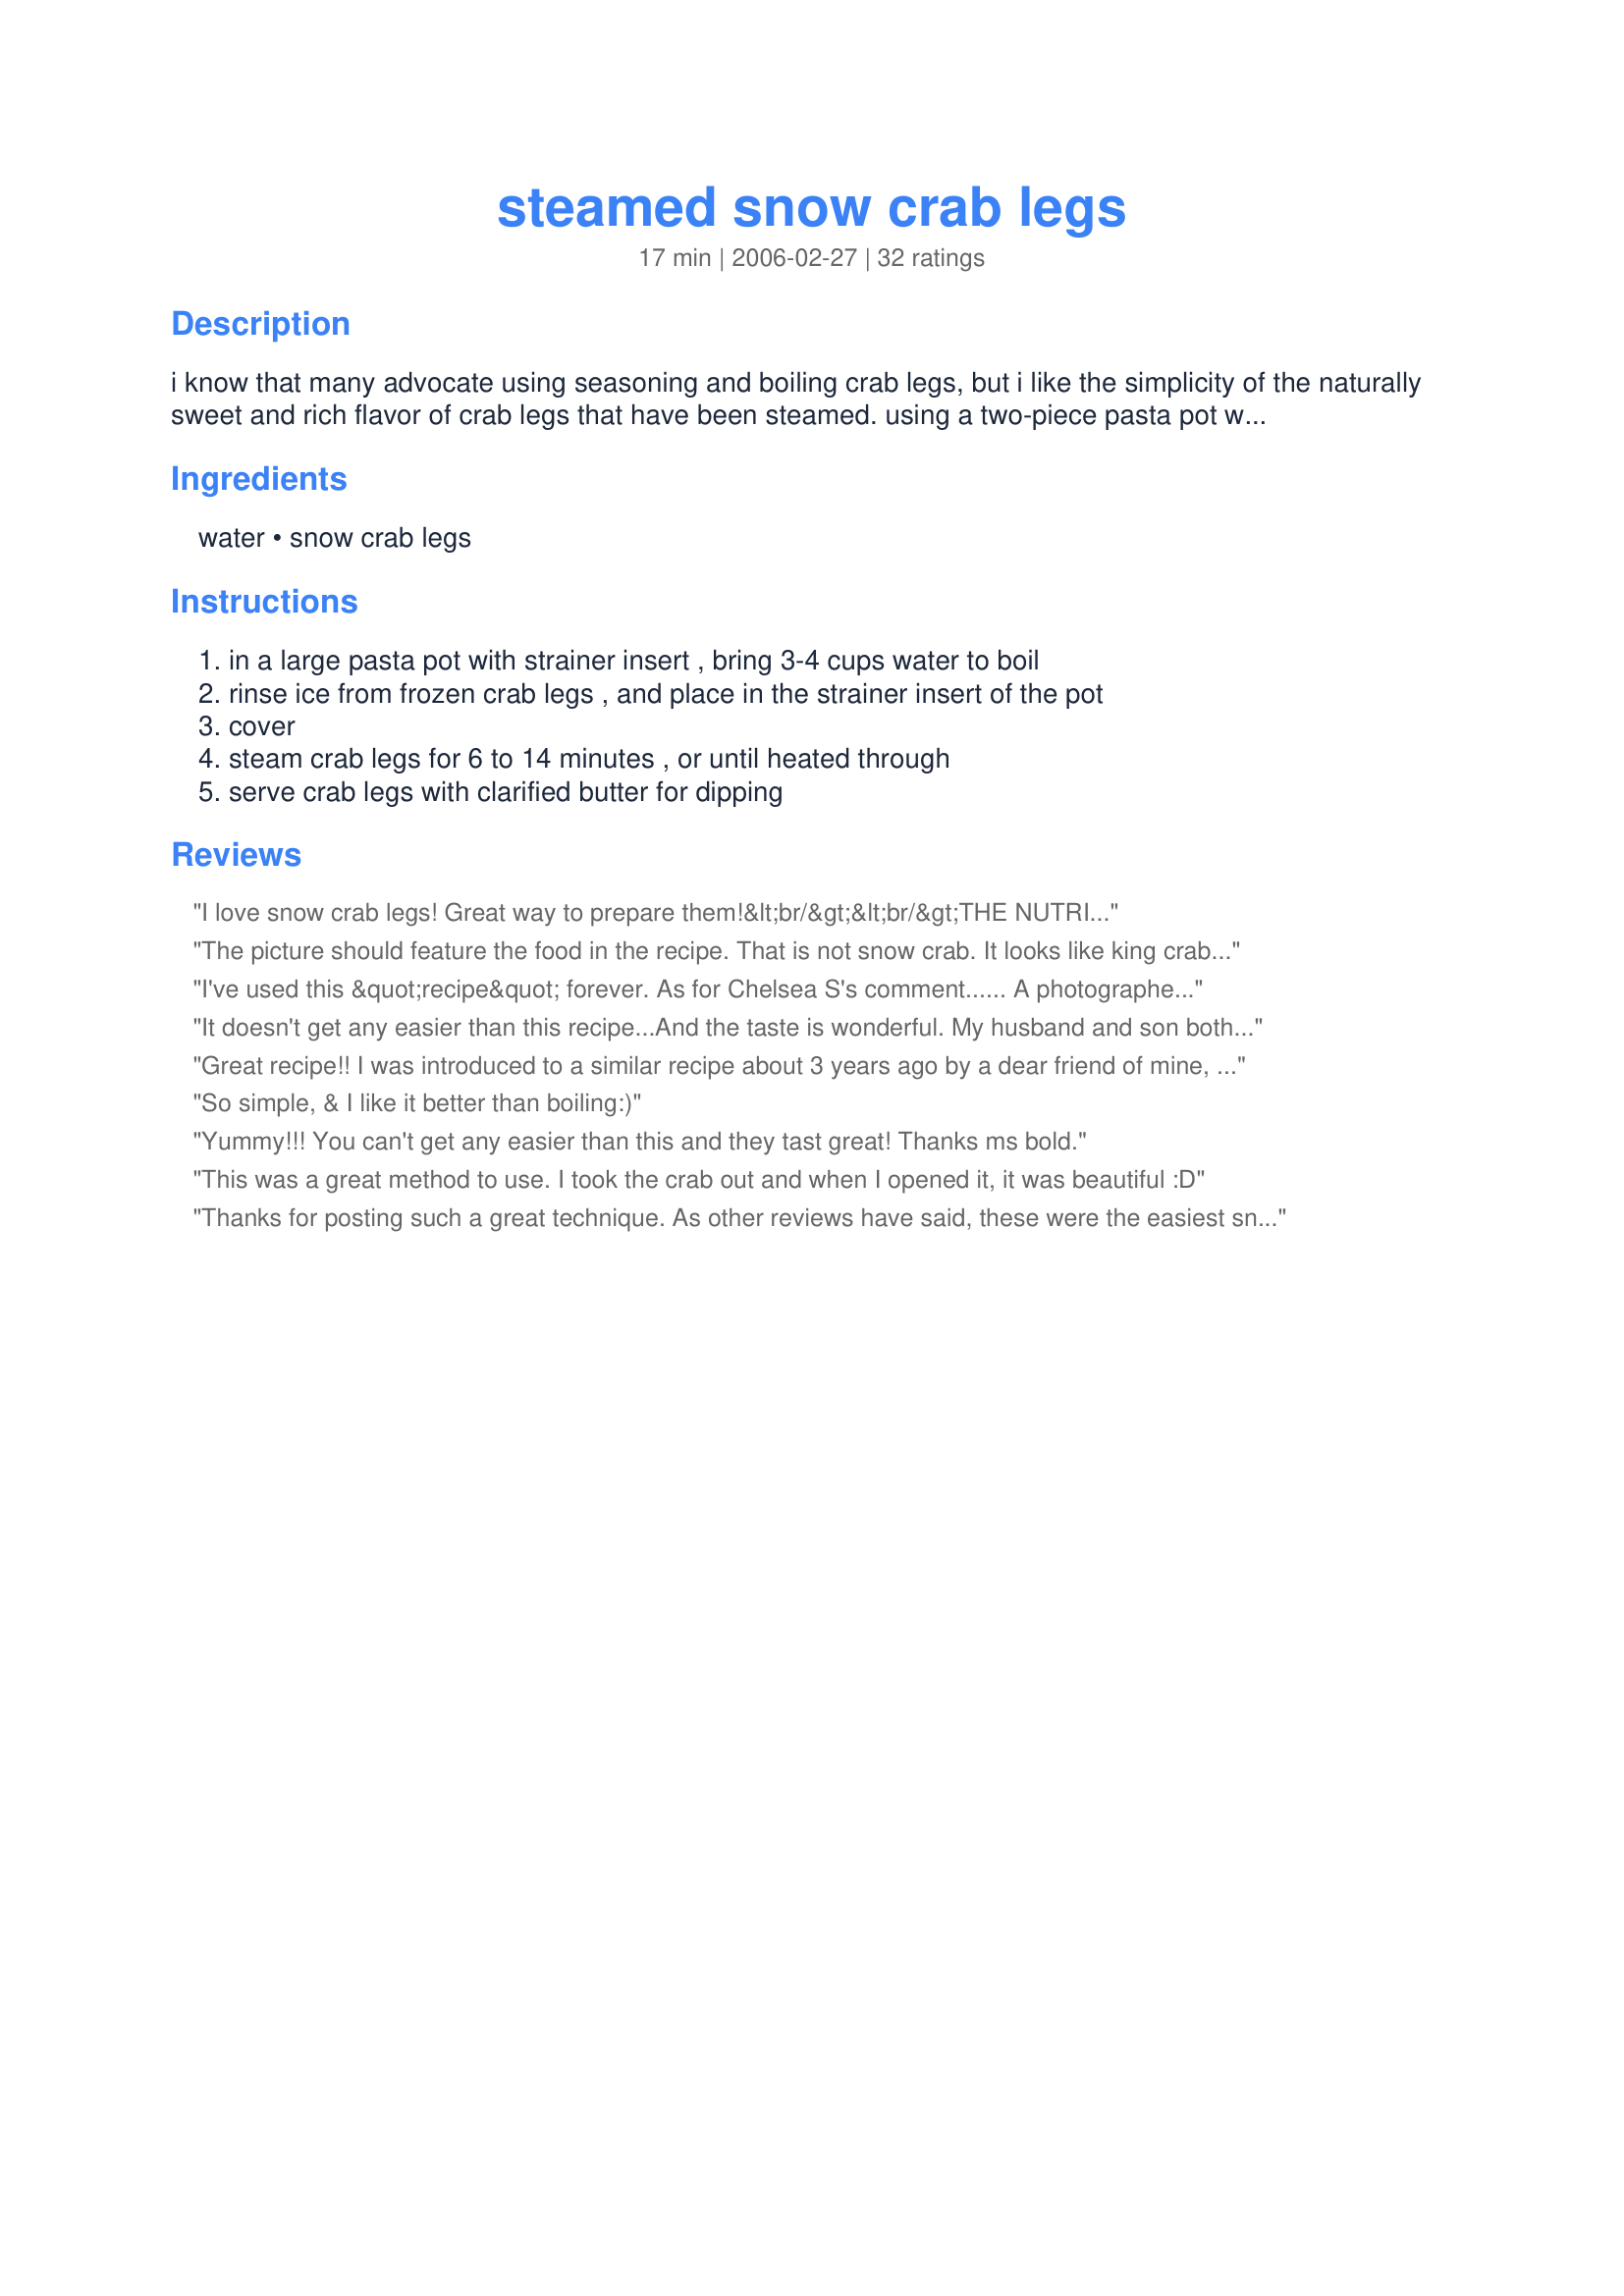
steamed snow crab legs
Preparation time: 17 minutes

i know that many advocate using seasoning and boiling crab legs, but i like the simplicity of the naturally sweet and rich flavor of crab legs that have been steamed. using a two-piece pasta pot with the strainer portion as a steamer insert works well to perfectly steam crab legs. i always serve clarified butter for dipping the crab meat.

Ingredients:
water, snow crab legs

Steps:
in a large pasta pot with strainer insert , bring 3-4 cups water to boil, rinse ice from frozen crab legs , and place in the strainer insert of the pot, cover, steam crab legs for 6 to 14 minutes , or until heated through, serve crab legs with clarified butter for dipping

Reviews:
I love snow crab legs! Great way to prepare them!&lt;br/&gt;&lt;br/&gt;THE NUTRITIONAL INFORMATION ON SODIUM CONTENT IS GROSSLY MISTAKEN, HOWEVER!&lt;br/&gt;The true sodium content for 1/4 lb. of snow crab legs is approx. 395 mg NOT 1900.2 mg! Still pretty high, so don&#039;t add salt to the water, or to the butter...or use unsalted butter for dipping.
The picture should feature the food in the recipe. That is not snow crab. It looks like king crab. Pretty lazy.
I've used this &quot;recipe&quot; forever. As for Chelsea S's comment...... A photographer's job is to make the picture (especially food) look very pleasing to the eye. The angle that this particular picture was taken, has a lot to do with how the crab legs look. ALSO, There are such a thing as JUMBO snow crab legs (in fact, I just purchased them). They're thicker than what normal snow crab legs look like. So, the next time you want to post a negative remark, research the subject (in this case it would have been &quot;photography&quot; and &quot;snow crab legs&quot;), before making yourself look less than intelligent.
It doesn't get any easier than this recipe...And the taste is wonderful. My husband and son both said, "They taste just like Red Lobster...except they're really fresh." To clarify the butter all we did was melt unsalted butter over really low heat and then strain through cheese cloth to remove the solids. Unbelievable that this can be so easy and so good.
Great recipe!! I was introduced to a similar recipe about 3 years ago by a dear friend of mine, the only difference is to use about 4 tablespoons of vinegar and 2 tablespoons of cooking oil. Am told by my dearest friend that the vinegar is to keep the water from evaporating... and am to only deduce that the oil is to keep the flesh of the crab from sticking to the shell? This was a naturally sweet tasting crustation. I used a turbo cooker pan, that I have had for several years, to cook this in. I appreciated the cooking time as it was spot on perfect. Thanks so much for posting ms_bold :)
So simple, & I like it better than boiling:)
Yummy!!! You can't get any easier than this and they tast great!
Thanks ms bold.
This was a great method to use. I took the crab out and when I opened it, it was beautiful :D
Thanks for posting such a great technique. As other reviews have said, these were the easiest snow crabs to get out of the shell, and they weren't "waterlogged", like they tend to be after you boil them. They were cooked perfectly. We used our spaghetti pot, and did add a few tablespoons of Old Bay to the water. Thanks!
I've done this many times with a few changes. I use a mild hot sauce (like red devil or texas pete) instead of the vinegar, and after rinsing the crab legs liberally sprinkle with Old Bay seasoning before steaming. U will love it!
The ONLY way to prepare crab legs! This retains the sea salt and natural great flavor lost when boiled. Delicious!
Although your recipe is for Snow Crab, it works well for any crab. I used King Crab legs that I bought on sale...already cooked but just needed to reheat. I'm glad I found your method. This turned out perfect! My husband was in hog heaven!!! Pam
This is the first time I've prepared crablegs on the stove. I normally wrap them in foil and do them on the grill. I had never thought to use the spaghetti pot! Great idea.
This is such a simple technique. Certainly a cheaper and taster option than going to Red Lobster.
Great taste... I've just added a Maryland Style recipe... try it and let me know what you think...
I had this when crab legs went on sale here and it was great! A fast and delicious way to eat crab legs. I had them with fresh squeezed lemon juice instead of butter. Thanks.
Super easy!! This was the last part of the meal I prepared and it was so easy to cook the legs this way, and clean up was a breeze.
No need for me to test this theory to know that it's the best. Crab is amazing...why overpower it! Had king crab for the first time this week. OMG!!!!!! Incredible. Could only buy them because they were on sale in a really huge way! STEAM THEM!!
This was the best! I added just a little cajon seasoning to the water while it boiled and made my whole house smell like I was a professional cook. My husband was impressed and I enjoyed watching chow down
Bravo! This is the only way to eat Crablegs as far as we are concerned, and we eat alot of Crablegs in the Summer! I agree with you about being able to taste the natural sweet flavor of the Crab and feel that the seasoning takes over too much. The clarified butter is all you need to bring out the richness. Some things are best kept simple. Thanks for sharing!
This is how we always prepare our crab legs. The meat comes right out of the shell and is sweet and not water logged. Note that the cooking time would need to be increased with a larger quantity and likewise, if you don't use a pot large enough for the steam to heat the legs evenly.
Excellent and simple way of preparing snow crab! Loved the sweet taste....loved that it wasn't full of water....loved how simple it was! The meat was so sweet I really didn't need much butter for dipping. The meat came out beautifully with minimal work. Will definitely prepare this way from now on! Thank you!
Perfect way to cook them. 5 min was perfect. Thank you
This is the only way we eat crab. My husband won't even order it in a resturant because he likes mine so much more. I little drawn butter and fresh lemon is all snow crab needs to make it the perfect food.
While your cooking times seem fine, your photos are actually King Crab (like on the show). Snow crab are smooth-shelled and smaller and much cheaper. Both are delicious!
Wonderful!! Timing was perfect! I didn't realize they were this easy!! We followed the directions exactly, except we used King crab. We will be steaming crab legs on a very regular basis!!! Definitely worth the price (for a family of 5)!! Thank you!!
I normally boil crab legs but this method is easier and the crab was perfect! Thank you.
Divine and so easy to prepare. Sometimes I like to add a few thick lemon slices to the steaming water. Soooooo delish! Thanks for posting!
I'd never had Snow crab before, but the frozen legs were very inexpensive at our local Grocery Outlet. They fit easily in one of my large, shallow pans. And the clarified butter was wonderful (however, I've eaten crab with un-clarified butter and it was great, too). I have another 3lbs of crab legs that we're going to have tonight. Yum. Thanks for the great recipe, MS Bold!
Perfect! We just got a huge box of these from D.C. and ate them last night. They 'snapped' better than any I've ever had in a restaurant! Thanx for posting!
Excellent. I have normally boiled our crab legs, and after steaming them, we will only do it this way from now on. The meat was much easier to get out of the shell and had a better texture as well. Thanks so much for sharing a recipe that I know I we'll be using any time we splurge on crab legs.
